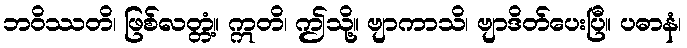
ဘဝိဿတိ၊ ဖြစ်လတ္တံ့။ ဣတိ၊ ဤသို့။ ဗျာကာသိ၊ ဗျာဒိတ်ပေးပြီ။ ပဓာနံ၊